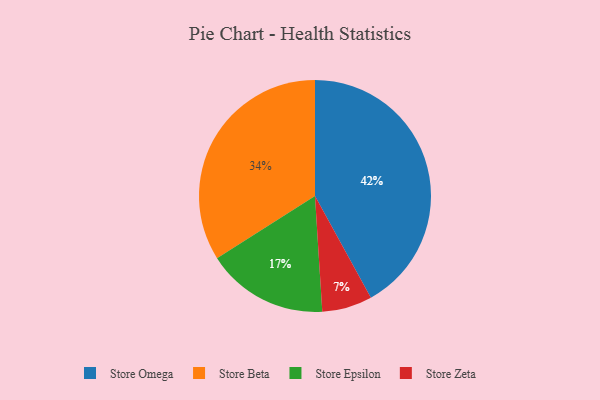
{"axis": {"x": "Category", "y": "Percentage"}, "legend": ["Store Beta", "Store Epsilon", "Store Omega", "Store Zeta"], "data": [{"x": "Store Zeta", "y": 7, "type": "Store Zeta"}, {"x": "Store Epsilon", "y": 17, "type": "Store Epsilon"}, {"x": "Store Beta", "y": 34, "type": "Store Beta"}, {"x": "Store Omega", "y": 42, "type": "Store Omega"}]}